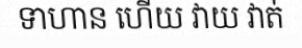
ទាហាន ហើយ វាយ វាត់